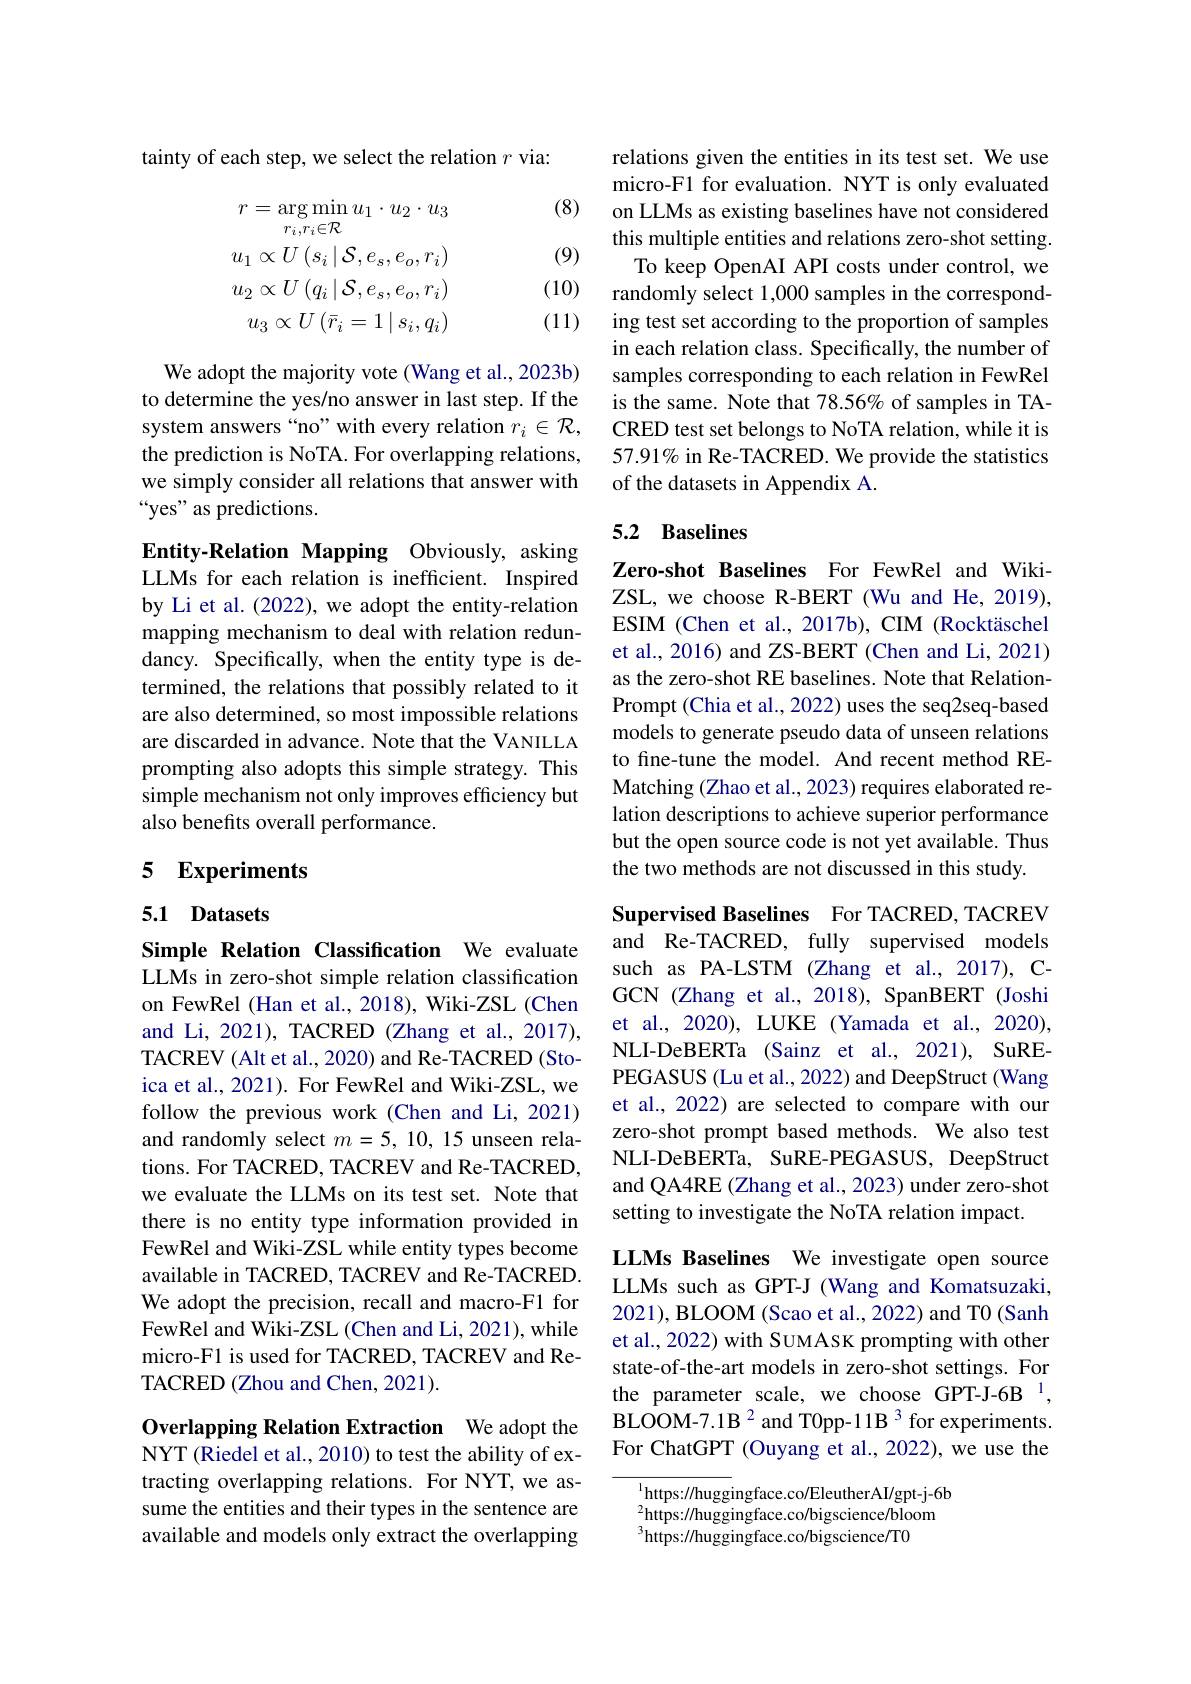
tainty of each step, we select the relation $r$ via:

(8)

(9)
$$r=\arg\operatorname*{min}_{r_{i},r_{i}\in\mathcal{R}}u_{1}\cdot u_{2}\cdot u_{3}\\u_{1}\propto U\left(s_{i}\mid\mathcal{S},e_{s},e_{o},r_{i}\right)\\u_{2}\propto U\left(q_{i}\mid\mathcal{S},e_{s},e_{o},r_{i}\right)\\u_{3}\propto U\left(\bar{r}_{i}=1\mid s_{i},q_{i}\right)$$
(10)

(11)

We adopt the majority vote (Wang et al., 2023b) to determine the yes/no answer in last step. If the system answers “no”with every relation $r_i\in\mathcal{R}$, the prediction is NoTA. For overlapping relations, we simply consider all relations that answer with “yes”as predictions.

Entity-Relation Mapping Obviously, asking LLMs for each relation is inefficient. Inspired by Li et al. (2022), we adopt the entity-relation mapping mechanism to deal with relation redundancy. Specifically, when the entity type is determined, the relations that possibly related to it are also determined, so most impossible relations are discarded in advance. Note that the VANILLA prompting also adopts this simple strategy. This simple mechanism not only improves efficiency but also benefits overall performance.

## 5 Experiments

5.1 Datasets

Simple Relation Classification We evaluate LLMs in zero-shot simple relation classification on FewRel (Han et al., 2018), Wiki-ZSL (Chen and Li, 2021), TACRED (Zhang et al., 2017), TACREV (Alt et al., 2020) and Re-TACRED (Stoica et al., 2021). For FewRel and Wiki-ZSL, we follow the previous work (Chen and Li,2021) and randomly select $m=5,10,15$ unseen relations. For TACRED, TACREV and Re-TACRED, we evaluate the LLMs on its test set. Note that there is no entity type information provided in FewRel and Wiki-ZSL while entity types become available in TACRED, TACREV and Re-TACRED. We adopt the precision, recall and macro-F1 for FewRel and Wiki-ZSL (Chen and Li, 2021), while micro-F1 is used for TACRED, TACREV and ReTACRED (Zhou and Chen, 2021).

Overlapping Relation Extraction We adopt the

NYT (Riedel et al., 2010) to test the ability of extracting overlapping relations. For NYT, we assume the entities and their types in the sentence are available and models only extract the overlapping

relations given the entities in its test set. We use micro-F1 for evaluation. NYT is only evaluated on LLMs as existing baselines have not considered this multiple entities and relations zero-shot setting.
To keep OpenAI API costs under control, we randomly select 1,000 samples in the corresponding test set according to the proportion of samples in each relation class. Specifically, the number of samples corresponding to each relation in FewRel is the same. Note that 78.56% of samples in TACRED test set belongs to NoTA relation, while it is 57.91% in Re-TACRED. We provide the statistics of the datasets in Appendix A.

## 5.2 Baselines

Zero-shot Baselines For FewRel and WikiZSL, we choose R-BERT (Wu and He, 2019), ESIM (Chen et al., 2017b), CIM (Rocktäschel et al., 2016) and ZS-BERT (Chen and Li, 2021) as the zero-shot RE baselines. Note that RelationPrompt (Chia et al., 2022) uses the seq2seq-based models to generate pseudo data of unseen relations to fine-tune the model. And recent method REMatching (Zhao et al., 2023) requires elaborated relation descriptions to achieve superior performance but the open source code is not yet available. Thus the two methods are not discussed in this study.

Supervised Baselines For TACRED, TACREV and Re-TACRED, fully supervised models such as PA-LSTM (Zhang et al.,2017),CGCN (Zhang et al.,2018), SpanBERT (Joshi et al., 2020), LUKE (Yamada et al., 2020), NLI-DeBERTa (Sainz et al., 2021), SuREPEGASUS (Lu et al., 2022) and DeepStruct (Wang et al., 2022) are selected to compare with our zero-shot prompt based methods. We also test NLI-DeBERTa, SuRE-PEGASUS, DeepStruct and QA4RE (Zhang et al., 2023) under zero-shot setting to investigate the NoTA relation impact.

LLMs Baselines We investigate open source LLMs such as GPT-J (Wang and Komatsuzaki, 2021), BLOOM (Scao et al., 2022) and T0 (Sanh et al., 2022) with SUMASK prompting with other state-of-the-art models in zero-shot settings. For the parameter scale, we choose GPT-J-6B 1, BLOOM-7.1B 2 and TOpp-11B 3 for experiments. For ChatGPT (Ouyang et al., 2022), we use the

$^{1}$https://huggingface.co/EleutherAI/gpt-j-6b $^2$https://huggingface.co/bigscience/bloom $^{3}$https://huggingface.co/bigscience/T0